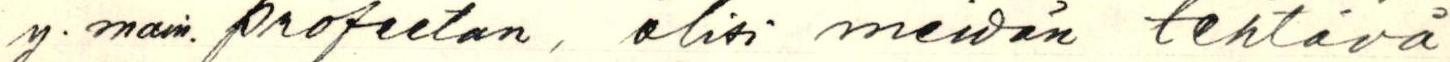
y. main. profeetan, olisi meidän tehtävä